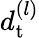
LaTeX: d_{\mathrm{t}}^{(l)}